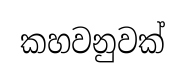
කහවනුවක්